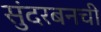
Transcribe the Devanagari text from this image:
सुंदरबनची